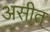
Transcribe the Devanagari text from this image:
असीत्